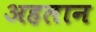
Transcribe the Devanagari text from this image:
अहलान